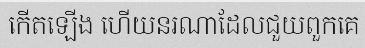
កើតឡើង ហើយនរណាដែលជួយពួកគេ